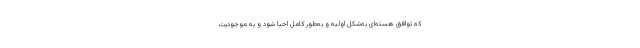
که توافق هسته‌ای به‌شکل اولیه و به‌طور کامل احیا شود و به موجودیت